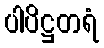
ပါပိဋ္ဌတရံ